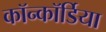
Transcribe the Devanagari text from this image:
कॉन्कॉर्डिया